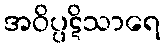
အဝိပ္ပဋိသာရေ